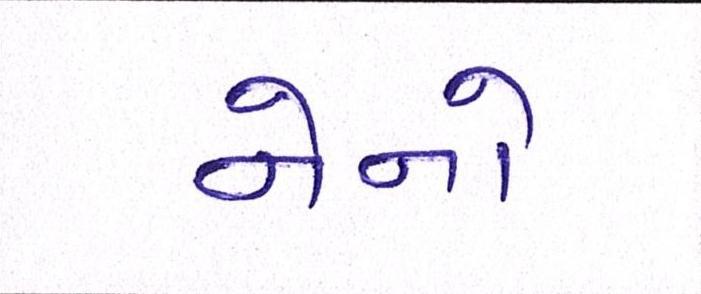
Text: નેનો